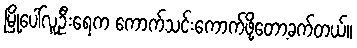
မြို့ပေါ်လူဦးရေက ကောက်သင်းကောက်ဖို့တော့ခက်တယ်။